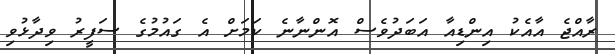
ރާއްޖެ އާއެކު އިންޑިއާ އަބަދުވެސް އޮންނާނެ ކަމަށް އެ ގައުމުގެ ސަފީރު ވިދާޅުވި